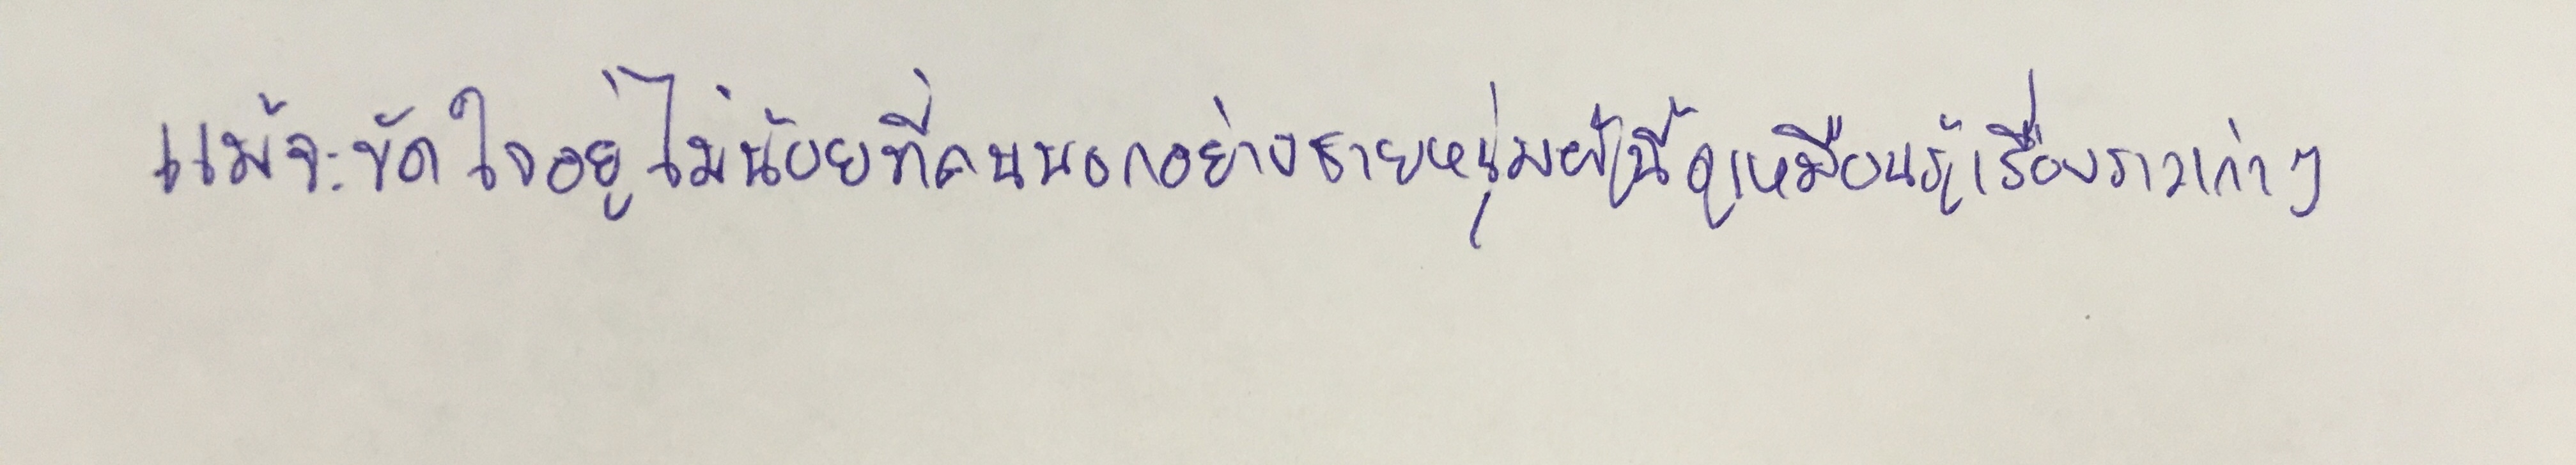
แม้ว่าจะขัดใจอยู่ไม่น้อยที่คนนอกอย่างชายหนุ่มผู้นี้ดูเหมือนรู้เรื่องราวเก่าๆ